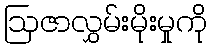
ဩဇာလွှမ်းမိုးမှုကို